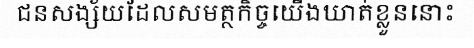
ជនសង្ស័យដែលសមត្ថកិច្ចយើងឃាត់ខ្លួននោះ